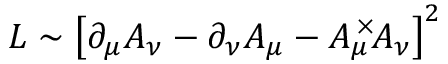
{ \cal L } \sim \left[ \partial _ { \mu } A _ { \nu } - \partial _ { \nu } A _ { \mu } - A _ { \mu } ^ { \, \times } \! A _ { \nu } \right] ^ { 2 }